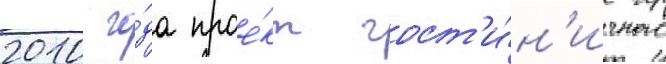
2010 го́да прое́кт гост'и́н'ичного